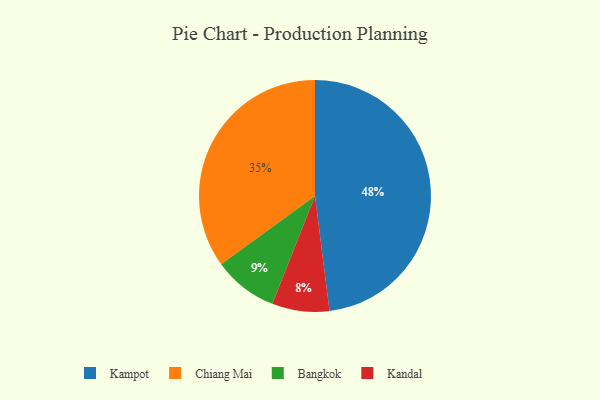
{"axis": {"x": "Category", "y": "Percentage"}, "legend": ["Bangkok", "Chiang Mai", "Kampot", "Kandal"], "data": [{"x": "Kandal", "y": 8, "type": "Kandal"}, {"x": "Kampot", "y": 48, "type": "Kampot"}, {"x": "Chiang Mai", "y": 35, "type": "Chiang Mai"}, {"x": "Bangkok", "y": 9, "type": "Bangkok"}]}